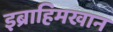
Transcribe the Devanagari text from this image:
इब्राहिमखान